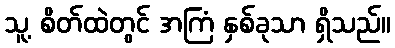
သူ့ စိတ်ထဲတွင် အကြံ နှစ်ခုသာ ရှိသည်။